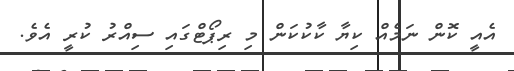
އެއީ ކޮން ނަމެއް ކިޔާ ކާކުކަން މި ރިޕޯޓްގައި ސިއްރު ކުރީ އެވެ.